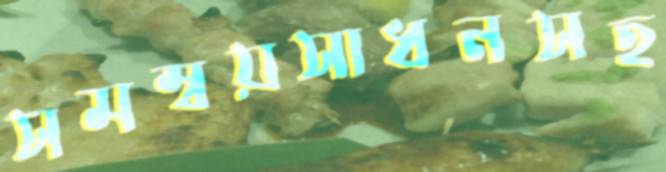
সমম্বয়সাধনসহ